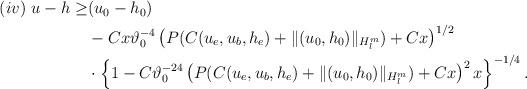
LaTeX: \begin{align*}\begin{aligned}(iv)\ u-h \geq& (u_0-h_0)\\&-Cx\vartheta_0^{-4}\left(P(C(u_e,u_b,h_e)+\Vert (u_0,h_0)\Vert_{H^m_l})+Cx\right)^{1/2}\\&\cdot\left\{1-C\vartheta_0^{-24}\left(P(C(u_e,u_b,h_e)+\Vert (u_0,h_0)\Vert_{H^m_l})+Cx\right)^2x\right\}^{-1/4}.\end{aligned}\end{align*}